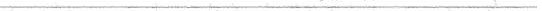
___